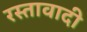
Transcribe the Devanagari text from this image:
रस्तावादी